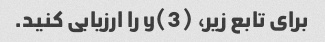
برای تابع زیر، y(3) را ارزیابی کنید.